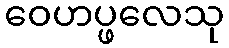
ဝေဟပ္ဖလေသု